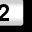
Digit: 2